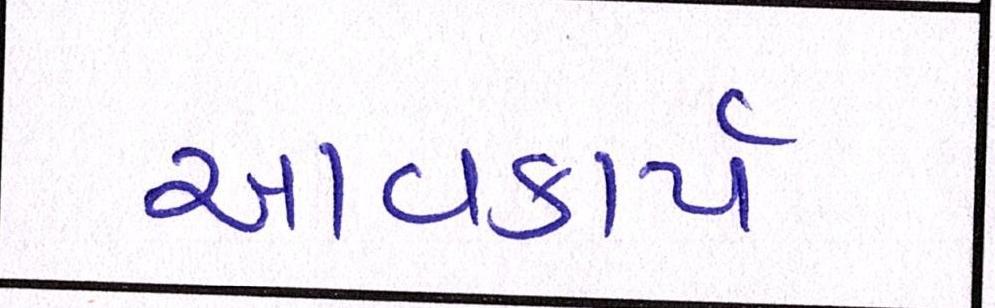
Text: આવકાર્ય